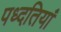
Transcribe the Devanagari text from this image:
पध्दतियां